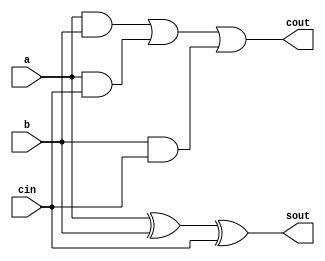
`timescale 1ns / 1ps
//////////////////////////////////////////////////////////////////////////////////
// Company: 
// Engineer: 
// 
// Design Name: 
// Module Name: fa
// Project Name: 
// Target Devices: 
// Tool Versions: 
// Description: 
// 
// Dependencies: 
// 
// Revision:
// Revision 0.01 - File Created
// Additional Comments:
// 
//////////////////////////////////////////////////////////////////////////////////



module fa(a,b,cin,sout,cout);
  output sout,cout;
  input a,b,cin;
  assign sout=(a^b^cin);
  assign cout=((a&b)|(a&cin)|(b&cin));
endmodule